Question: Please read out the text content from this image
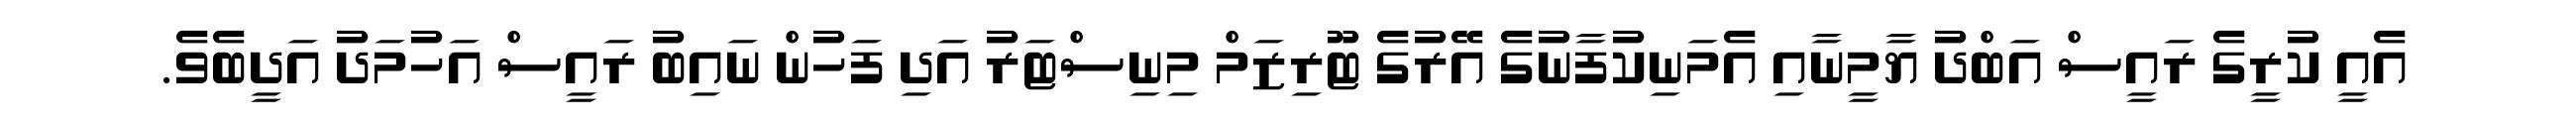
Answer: އެއީ ކުރީގެ ރައީސް އަބްދު ޔާމީނާއި އެމަނިކުފާނުގެ އޭރުގެ ޓޫރިޒަމް މިނިސްޓަރު އަދި ފަހުން ނައިބު ރައީސް އަހުމަދު އަދީބެވެ.